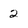
Character: 2